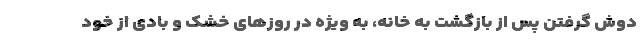
دوش گرفتن پس از بازگشت به خانه، به ویژه در روزهای خشک و بادی از خود